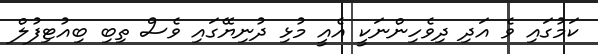
ކަމުގައި ވެ އަދި ދިވެހިންނަކީ އެއީ މުޅި ދުނިޔޭގައި ވެސް ތިބި ބިއުޓިފުލް